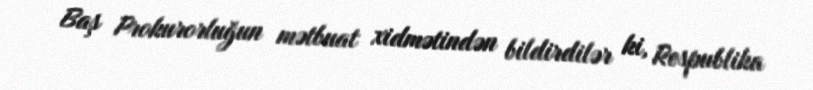
Baş Prokurorluğun mətbuat xidmətindən bildirdilər ki, Respublika